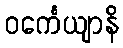
ဝင်္ကေယျာနိ